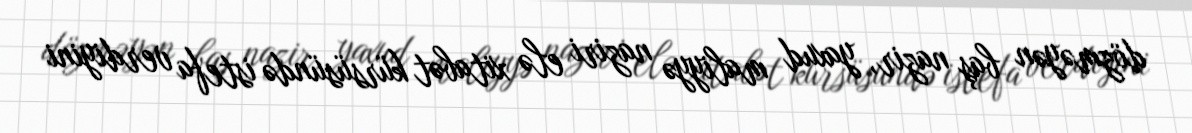
dözməyən baş nazir, yaxud maliyyə naziri elə xitabət kürsüsündə istefa verdiyini